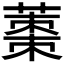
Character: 𮐿